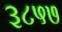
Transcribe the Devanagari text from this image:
३८५७